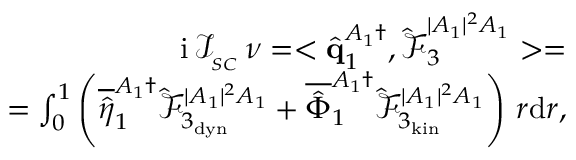
\begin{array} { r } { \mathrm { i } \, \mathcal { I } _ { _ { S C } } \, \nu = < \hat { \mathbf { q } } _ { 1 } ^ { A _ { 1 } \dagger } , \boldsymbol { \hat { \mathcal { F } } } _ { 3 } ^ { | A _ { 1 } | ^ { 2 } A _ { 1 } } > = } \\ { = \int _ { 0 } ^ { 1 } \left( \overline { { \hat { \eta } } } _ { 1 } ^ { A _ { 1 } \dagger } \hat { \mathcal { F } } _ { 3 _ { \mathrm { d y n } } } ^ { | A _ { 1 } | ^ { 2 } A _ { 1 } } + \overline { { \hat { \Phi } } } _ { 1 } ^ { A _ { 1 } \dagger } \hat { \mathcal { F } } _ { 3 _ { \mathrm { k i n } } } ^ { | A _ { 1 } | ^ { 2 } A _ { 1 } } \right) \, r \mathrm { d } r , } \end{array}